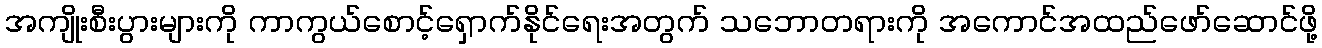
အကျိုးစီးပွားများကို ကာကွယ်စောင့်ရှောက်နိုင်ရေးအတွက် သဘောတရားကို အကောင်အထည်ဖော်ဆောင်ဖို့